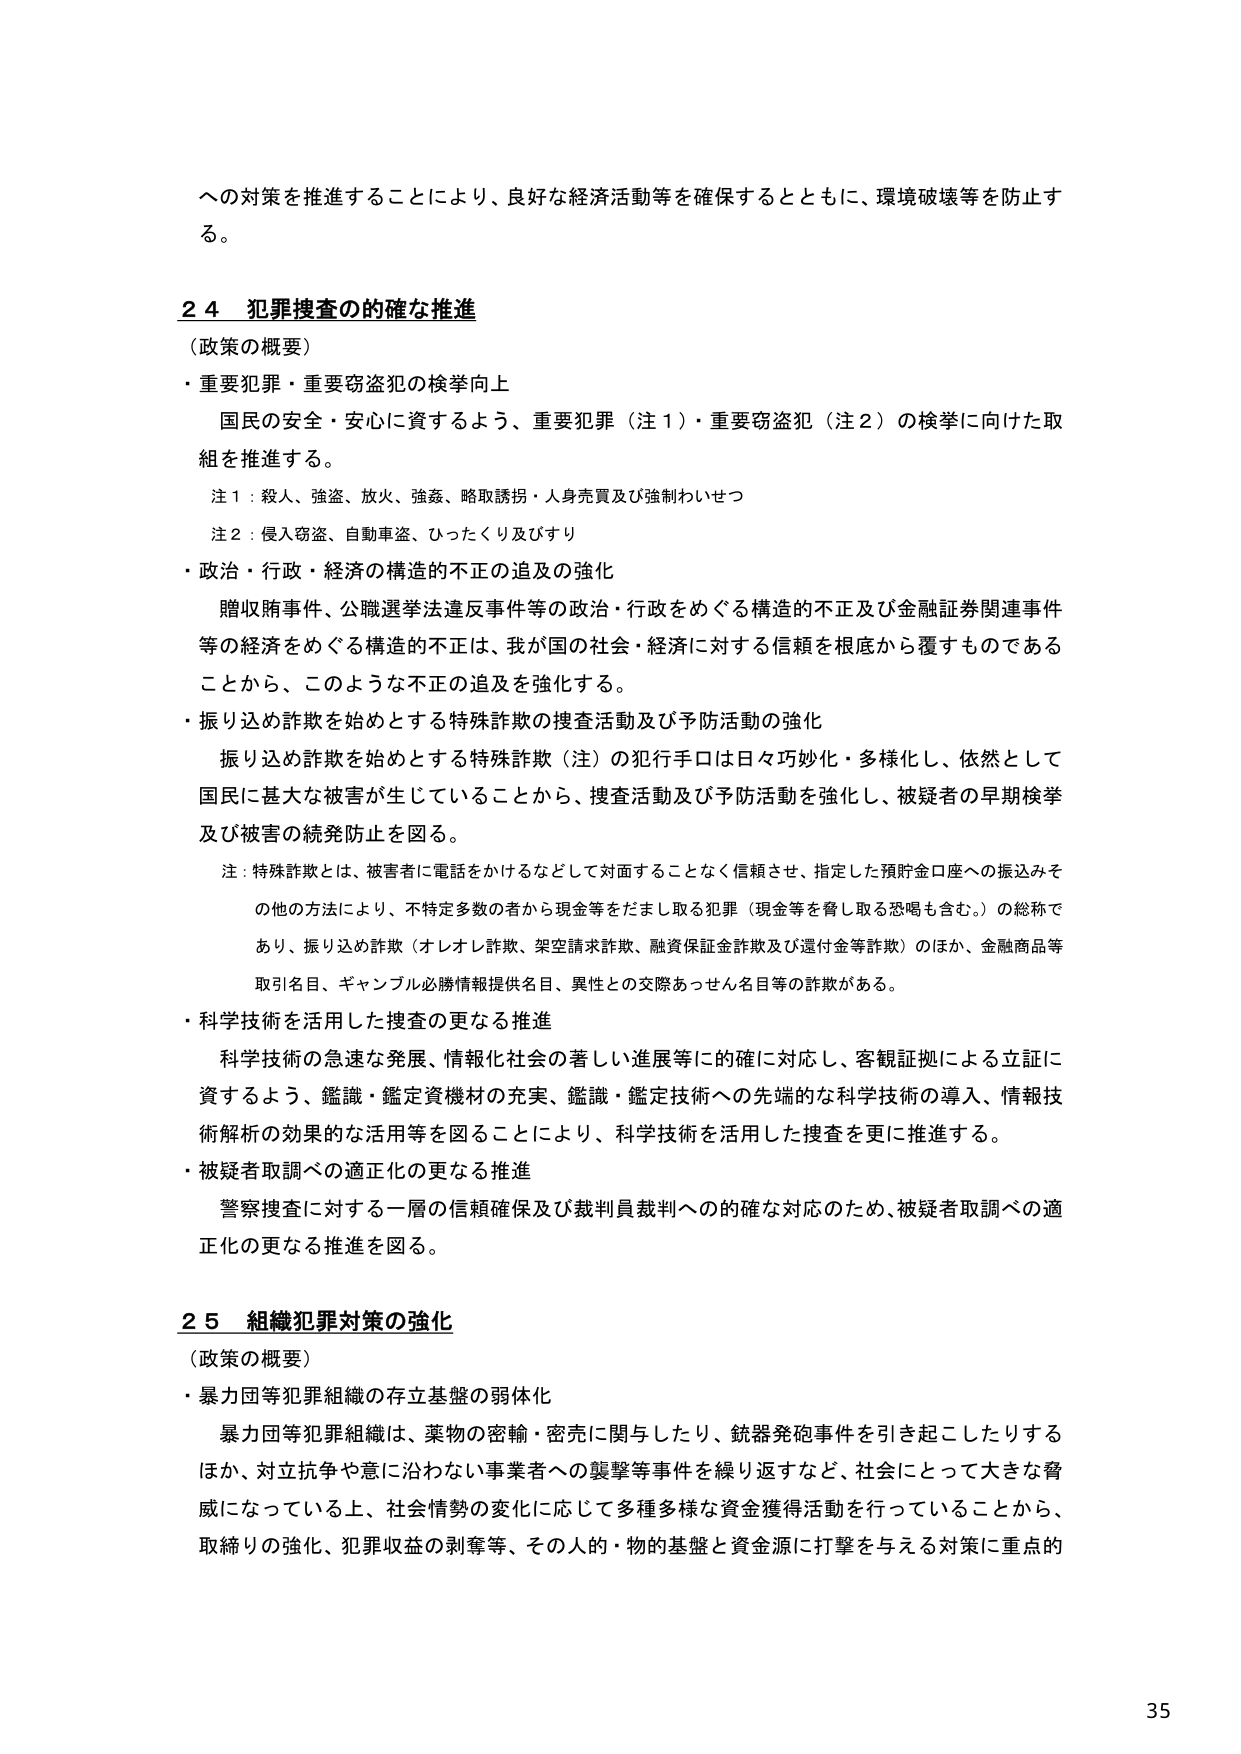
への対策を推進することにより、良好な経済活動等を確保するとともに、環境破壊等を防止する。

２４ 犯罪捜査の的確な推進
（政策の概要）
・重要犯罪・重要窃盗犯の検挙向上
　国民の安全・安心に資するよう、重要犯罪（注１）・重要窃盗犯（注２）の検挙に向けた取組を推進する。
　注１：殺人、強盗、放火、強姦、略取誘拐・人身売買及び強制わいせつ
　注２：侵入窃盗、自動車盗、ひったくり及びすり
・政治・行政・経済の構造的不正の追及の強化
　贈収賄事件、公職選挙法違反事件等の政治・行政をめぐる構造的不正及び金融証券関連事件等の経済をめぐる構造的不正は、我が国の社会・経済に対する信頼を根底から覆すものであることから、このような不正の追及を強化する。
・振り込め詐欺を始めとする特殊詐欺の捜査活動及び予防活動の強化
　振り込め詐欺を始めとする特殊詐欺（注）の犯行手口は日々巧妙化・多様化し、依然として国民に甚大な被害が生じていることから、捜査活動及び予防活動を強化し、被疑者の早期検挙及び被害の続発防止を図る。
　注：特殊詐欺とは、被害者に電話をかけるなどして対面することなく信頼させ、指定した預貯金口座への振込みその他の方法により、不特定多数の者から現金等をだまし取る犯罪（現金等を脅し取る恐喝も含む。）の総称であり、振り込め詐欺（オレオレ詐欺、架空請求詐欺、融資保証金詐欺及び還付金等詐欺）のほか、金融商品等取引名目、ギャンブル必勝情報提供名目、異性との交際あっせん名目等の詐欺がある。
・科学技術を活用した捜査の更なる推進
　科学技術の急速な発展、情報化社会の著しい進展等に的確に対応し、客観証拠による立証に資するよう、鑑識・鑑定資機材の充実、鑑識・鑑定技術への先端的な科学技術の導入、情報技術解析の効果的な活用等を図ることにより、科学技術を活用した捜査を更に推進する。
・被疑者取調べの適正化の更なる推進
　警察捜査に対する一層の信頼確保及び裁判員裁判への的確な対応のため、被疑者取調べの適正化の更なる推進を図る。

２５ 組織犯罪対策の強化
（政策の概要）
・暴力団等犯罪組織の存立基盤の弱体化
　暴力団等犯罪組織は、薬物の密輸・密売に関与したり、銃器発砲事件を引き起こしたりするほか、対立抗争や意に沿わない事業者への襲撃等事件を繰り返すなど、社会にとって大きな脅威になっている上、社会情勢の変化に応じて多種多様な資金獲得活動を行っていることから、取締りの強化、犯罪収益の剥奪等、その人的・物的基盤と資金源に打撃を与える対策に重点的

35